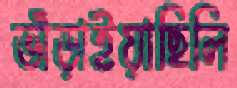
ভাঁড়াইয়াছিলি